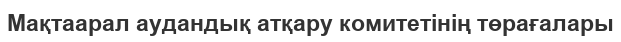
Мақтаарал аудандық атқару комитетінің төрағалары